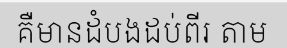
គឺមានដំបងដប់ពីរ តាម